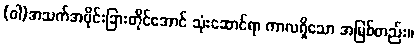
(ဝါ)အသက်အပိုင်းခြားတိုင်အောင် သုံးဆောင်ရာ ကာလရှိသော အမြစ်တည်း။